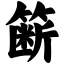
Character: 簖